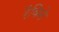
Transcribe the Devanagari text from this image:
रैविने